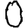
Digit: 0